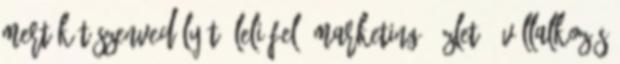
Mert két szenvedélyét öleli fel: marketing, üzlet & vállalkozás